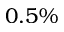
0 . 5 \%